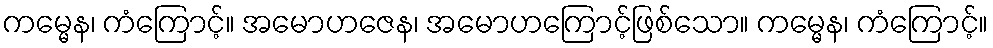
ကမ္မေန၊ ကံကြောင့်။ အမောဟဇေန၊ အမောဟကြောင့်ဖြစ်သော။ ကမ္မေန၊ ကံကြောင့်။